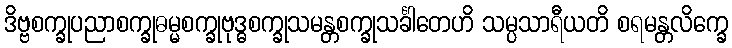
ဒိဗ္ဗစက္ခုပညာစက္ခုဓမ္မစက္ခုဗုဒ္ဓစက္ခုသမန္တစက္ခုသင်္ခါတေဟိ သမ္ပသာရီယတိ စရမန္တလိက္ခေ